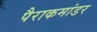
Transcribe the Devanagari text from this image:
पैराकमांडर